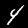
Digit: 4